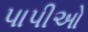
પાપીઓ